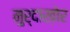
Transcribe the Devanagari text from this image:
मुर्दाख़ोर